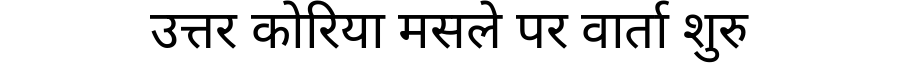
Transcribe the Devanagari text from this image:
उत्तर कोरिया मसले पर वार्ता शुरु